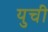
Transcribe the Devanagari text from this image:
युची